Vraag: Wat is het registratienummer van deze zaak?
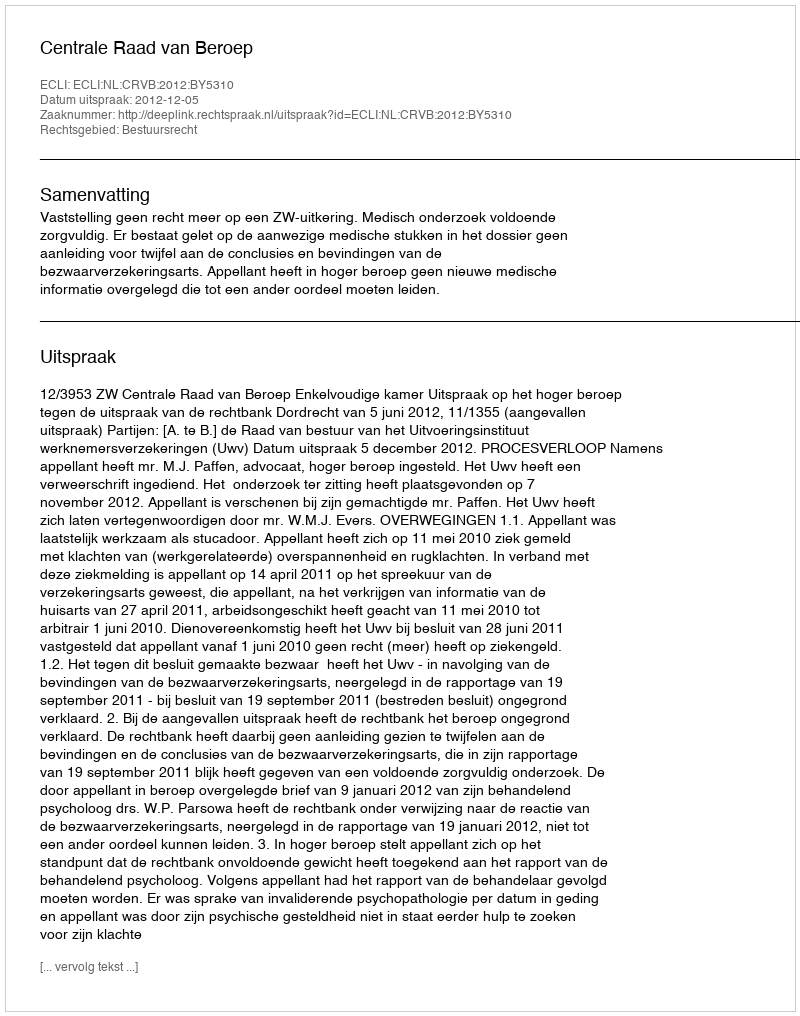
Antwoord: http://deeplink.rechtspraak.nl/uitspraak?id=ECLI:NL:CRVB:2012:BY5310